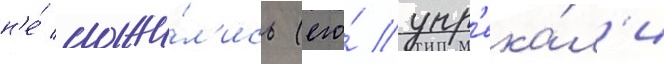
н'е́ сложи́л'ись (его́ упр'ека́л'и